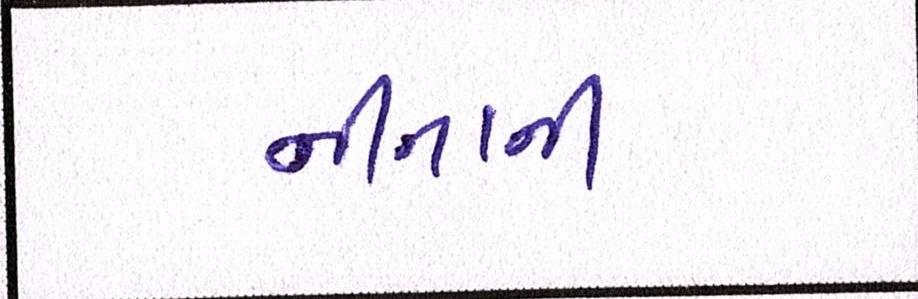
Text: નીનાની